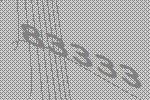
83333